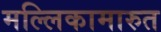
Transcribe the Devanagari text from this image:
मल्लिकामारुत